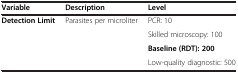
<table><thead><tr><td><b>Variable</b></td><td><b>Description</b></td><td><b>Level</b></td></tr></thead><tbody><tr><td><b>Detection Limit</b></td><td>Parasites per microliter</td><td>PCR: 10</td></tr><tr><td> </td><td> </td><td>Skilled microscopy: 100</td></tr><tr><td> </td><td> </td><td><b>Baseline (RDT): 200</b></td></tr><tr><td> </td><td> </td><td>Low-quality diagnostic: 500</td></tr></tbody></table>